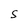
Character: S